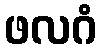
ဖလဂံ